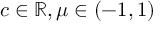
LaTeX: c \in \mathbb { R } , \mu \in ( - 1 , 1 )